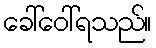
ခေါ်ဝေါ်ရသည်။